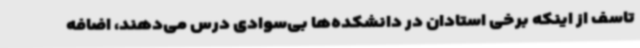
تاسف از اینکه برخی استادان در دانشکده‌ها بی‌سوادی درس می‌دهند، اضافه